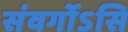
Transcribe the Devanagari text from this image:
संवर्गोऽसि